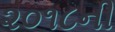
૨૦૧૮ની